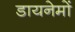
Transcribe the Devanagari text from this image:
डायनेमों